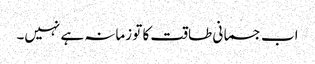
اب جسمانی طاقت کا تو زمانہ ہے نہیں۔